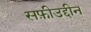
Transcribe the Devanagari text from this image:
सफ़ीउद्दीन